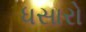
ધસારો